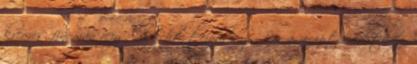
krémes, finoman rezgő, hófehér tejpuding. Bár a recept eredetileg